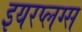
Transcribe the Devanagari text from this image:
इयरप्लग्स